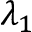
\lambda _ { 1 }